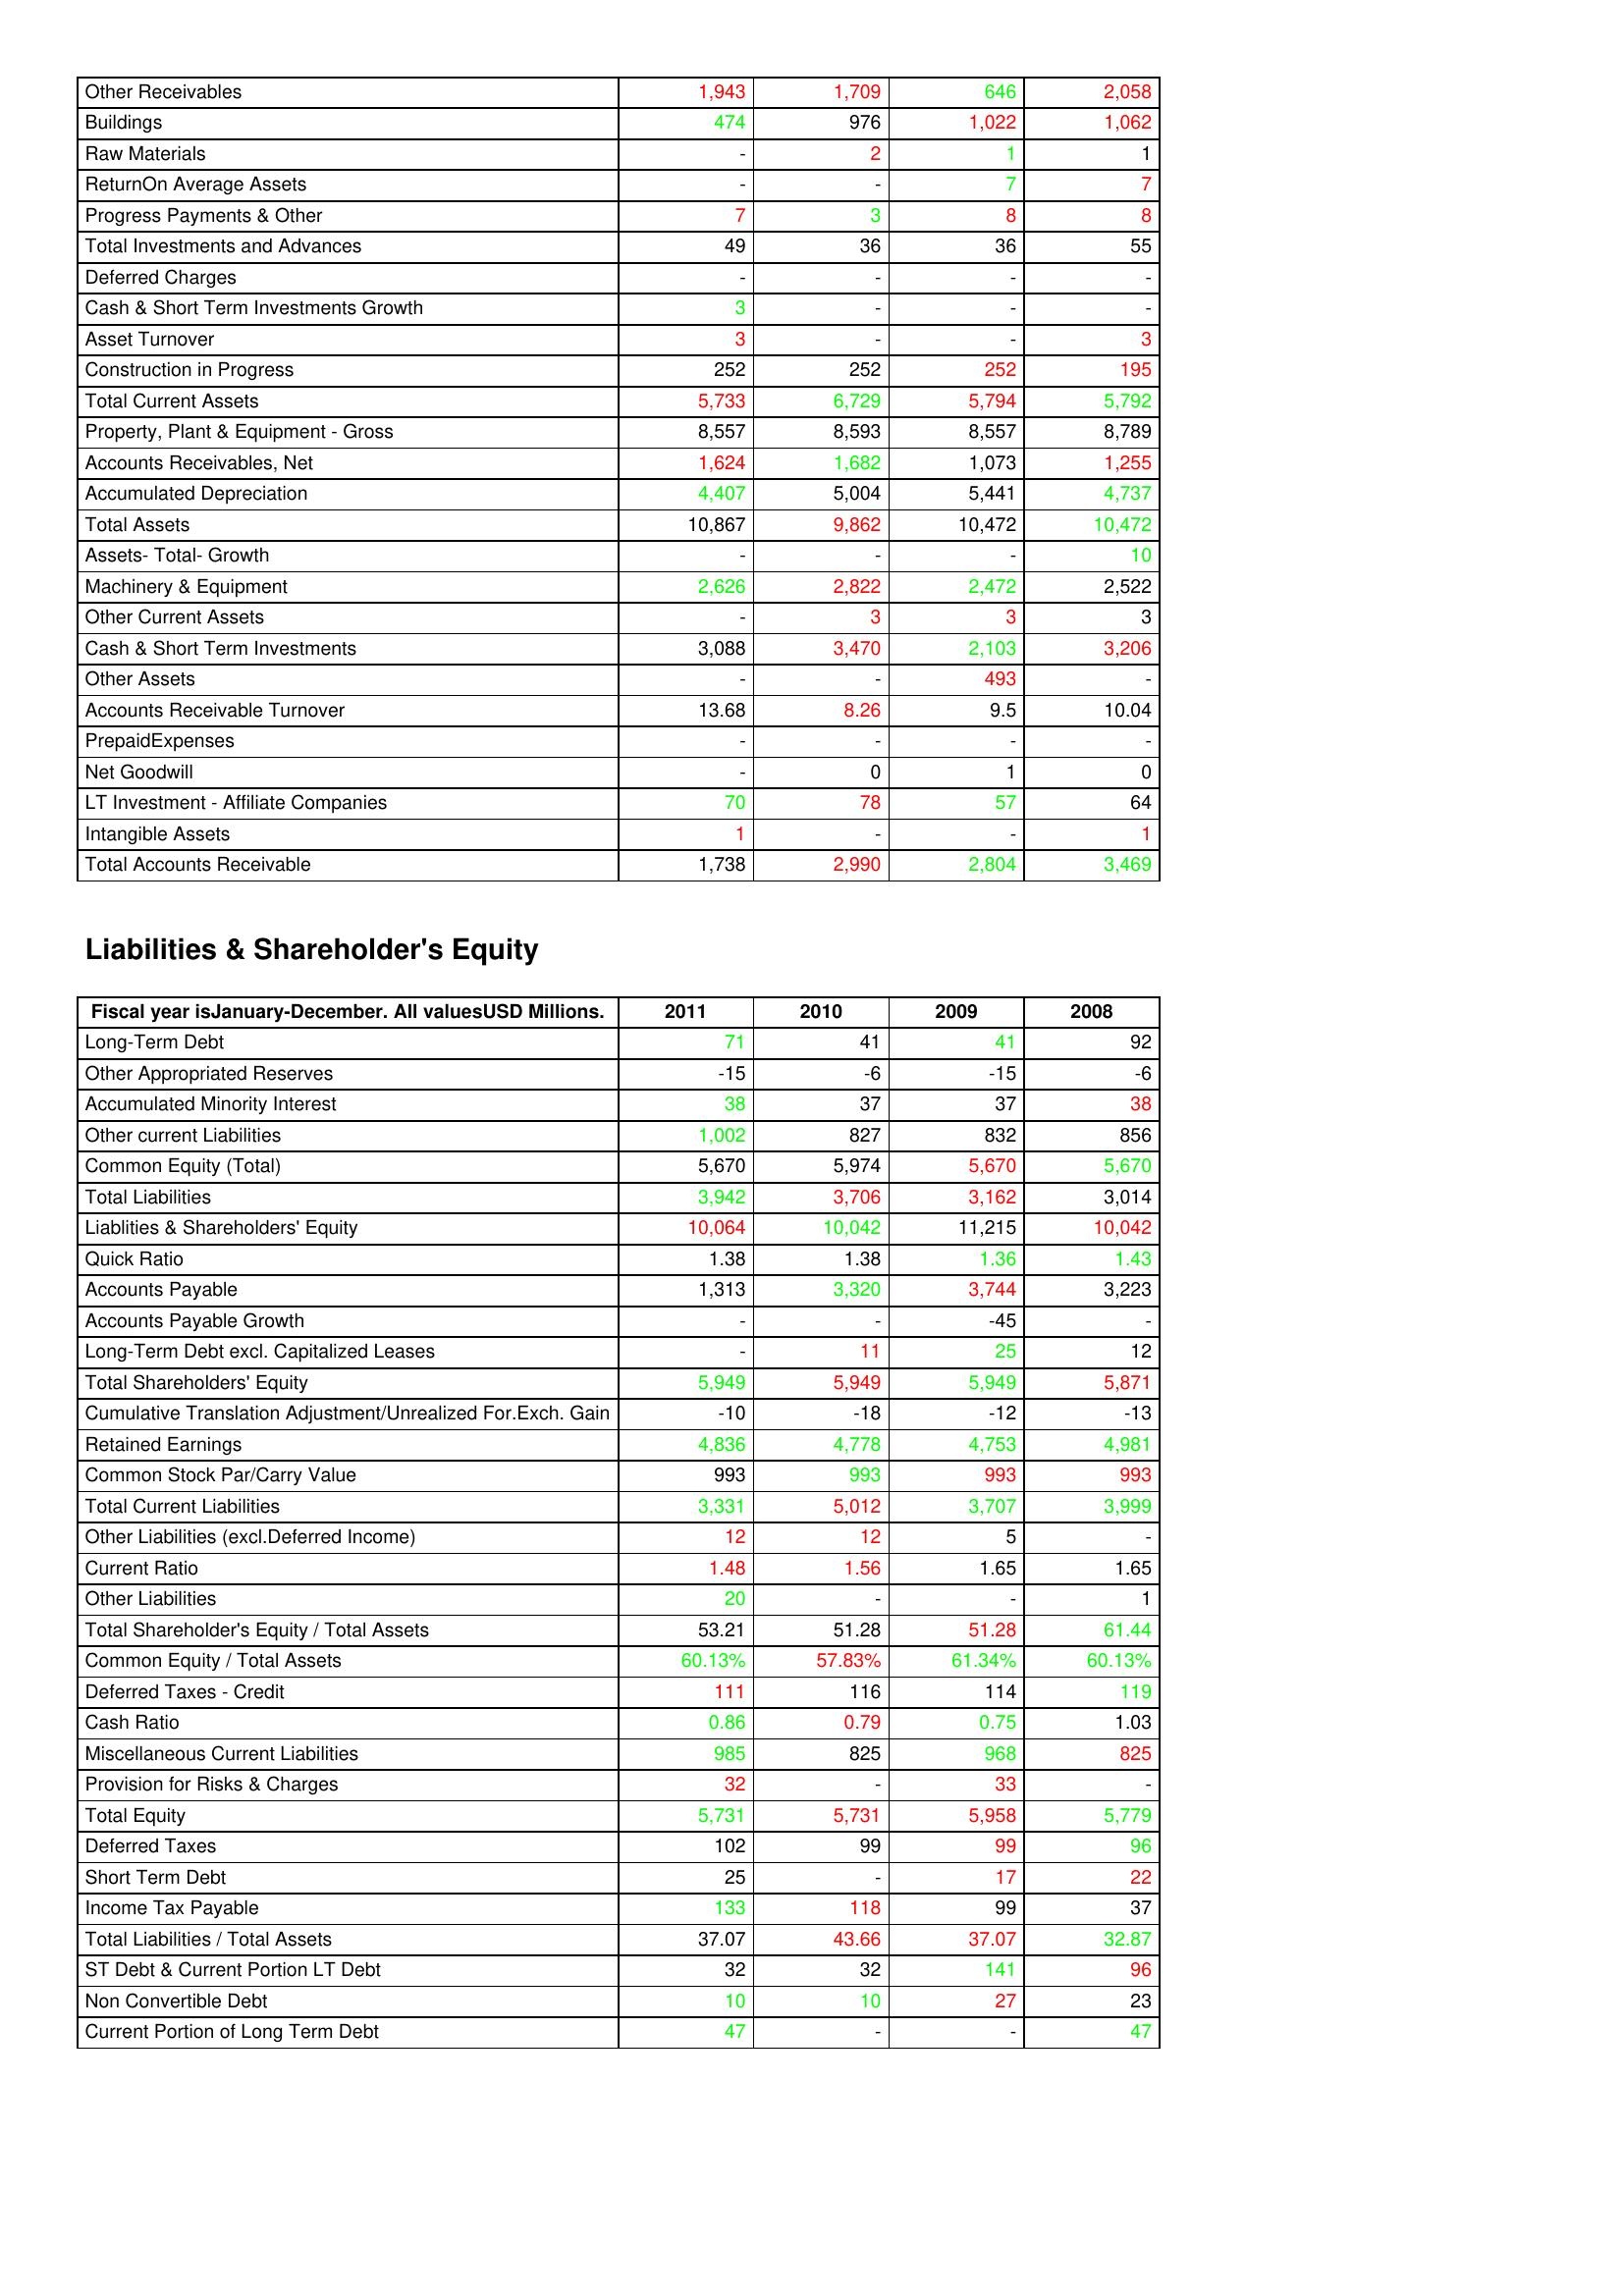
gt_parse: 2011: Assets: Other Receivables: 1,943
Buildings: 474
Raw Materials: -
ReturnOn Average Assets: -
Progress Payments & Other: 7
Total Investments and Advances: 49
Deferred Charges: -
Cash & Short Term Investments Growth: 3
Asset Turnover: 3
Construction in Progress: 252
Total Current Assets: 5,733
Property, Plant & Equipment - Gross : 8,557
Accounts Receivables, Net: 1,624
Accumulated Depreciation: 4,407
Total Assets: 10,867
Assets- Total- Growth: -
Machinery & Equipment: 2,626
Other Current Assets: -
Cash & Short Term Investments: 3,088
Other Assets: -
Accounts Receivable Turnover: 13.68
PrepaidExpenses: -
Net Goodwill: -
LT Investment - Affiliate Companies: 70
Intangible Assets: 1
Total Accounts Receivable: 1,738
Liabilities & Shareholder's Equity: Long-Term Debt: 71
Other Appropriated Reserves: -15
Accumulated Minority Interest: 38
Other current Liabilities: 1,002
Common Equity (Total): 5,670
Total Liabilities: 3,942
Liablities & Shareholders' Equity: 10,064
Quick Ratio: 1.38
Accounts Payable: 1,313
Accounts Payable Growth: -
Long-Term Debt excl. Capitalized Leases: -
Total Shareholders' Equity: 5,949
Cumulative Translation Adjustment/Unrealized For.Exch. Gain: -10
Retained Earnings: 4,836
Common Stock Par/Carry Value: 993
Total Current Liabilities: 3,331
Other Liabilities (excl.Deferred Income): 12
Current Ratio: 1.48
Other Liabilities: 20
Total Shareholder's Equity / Total Assets: 53.21
Common Equity / Total Assets: 60.13%
Deferred Taxes - Credit: 111
Cash Ratio: 0.86
Miscellaneous Current Liabilities: 985
Provision for Risks & Charges: 32
Total Equity: 5,731
Deferred Taxes: 102
Short Term Debt: 25
Income Tax Payable: 133
Total Liabilities / Total Assets: 37.07
ST Debt & Current Portion LT Debt: 32
Non Convertible Debt: 10
Current Portion of Long Term Debt: 47
2010: Assets: Other Receivables: 1,709
Buildings: 976
Raw Materials: 2
ReturnOn Average Assets: -
Progress Payments & Other: 3
Total Investments and Advances: 36
Deferred Charges: -
Cash & Short Term Investments Growth: -
Asset Turnover: -
Construction in Progress: 252
Total Current Assets: 6,729
Property, Plant & Equipment - Gross : 8,593
Accounts Receivables, Net: 1,682
Accumulated Depreciation: 5,004
Total Assets: 9,862
Assets- Total- Growth: -
Machinery & Equipment: 2,822
Other Current Assets: 3
Cash & Short Term Investments: 3,470
Other Assets: -
Accounts Receivable Turnover: 8.26
PrepaidExpenses: -
Net Goodwill: 0
LT Investment - Affiliate Companies: 78
Intangible Assets: -
Total Accounts Receivable: 2,990
Liabilities & Shareholder's Equity: Long-Term Debt: 41
Other Appropriated Reserves: -6
Accumulated Minority Interest: 37
Other current Liabilities: 827
Common Equity (Total): 5,974
Total Liabilities: 3,706
Liablities & Shareholders' Equity: 10,042
Quick Ratio: 1.38
Accounts Payable: 3,320
Accounts Payable Growth: -
Long-Term Debt excl. Capitalized Leases: 11
Total Shareholders' Equity: 5,949
Cumulative Translation Adjustment/Unrealized For.Exch. Gain: -18
Retained Earnings: 4,778
Common Stock Par/Carry Value: 993
Total Current Liabilities: 5,012
Other Liabilities (excl.Deferred Income): 12
Current Ratio: 1.56
Other Liabilities: -
Total Shareholder's Equity / Total Assets: 51.28
Common Equity / Total Assets: 57.83%
Deferred Taxes - Credit: 116
Cash Ratio: 0.79
Miscellaneous Current Liabilities: 825
Provision for Risks & Charges: -
Total Equity: 5,731
Deferred Taxes: 99
Short Term Debt: -
Income Tax Payable: 118
Total Liabilities / Total Assets: 43.66
ST Debt & Current Portion LT Debt: 32
Non Convertible Debt: 10
Current Portion of Long Term Debt: -
2009: Assets: Other Receivables: 646
Buildings: 1,022
Raw Materials: 1
ReturnOn Average Assets: 7
Progress Payments & Other: 8
Total Investments and Advances: 36
Deferred Charges: -
Cash & Short Term Investments Growth: -
Asset Turnover: -
Construction in Progress: 252
Total Current Assets: 5,794
Property, Plant & Equipment - Gross : 8,557
Accounts Receivables, Net: 1,073
Accumulated Depreciation: 5,441
Total Assets: 10,472
Assets- Total- Growth: -
Machinery & Equipment: 2,472
Other Current Assets: 3
Cash & Short Term Investments: 2,103
Other Assets: 493
Accounts Receivable Turnover: 9.5
PrepaidExpenses: -
Net Goodwill: 1
LT Investment - Affiliate Companies: 57
Intangible Assets: -
Total Accounts Receivable: 2,804
Liabilities & Shareholder's Equity: Long-Term Debt: 41
Other Appropriated Reserves: -15
Accumulated Minority Interest: 37
Other current Liabilities: 832
Common Equity (Total): 5,670
Total Liabilities: 3,162
Liablities & Shareholders' Equity: 11,215
Quick Ratio: 1.36
Accounts Payable: 3,744
Accounts Payable Growth: -45
Long-Term Debt excl. Capitalized Leases: 25
Total Shareholders' Equity: 5,949
Cumulative Translation Adjustment/Unrealized For.Exch. Gain: -12
Retained Earnings: 4,753
Common Stock Par/Carry Value: 993
Total Current Liabilities: 3,707
Other Liabilities (excl.Deferred Income): 5
Current Ratio: 1.65
Other Liabilities: -
Total Shareholder's Equity / Total Assets: 51.28
Common Equity / Total Assets: 61.34%
Deferred Taxes - Credit: 114
Cash Ratio: 0.75
Miscellaneous Current Liabilities: 968
Provision for Risks & Charges: 33
Total Equity: 5,958
Deferred Taxes: 99
Short Term Debt: 17
Income Tax Payable: 99
Total Liabilities / Total Assets: 37.07
ST Debt & Current Portion LT Debt: 141
Non Convertible Debt: 27
Current Portion of Long Term Debt: -
2008: Assets: Other Receivables: 2,058
Buildings: 1,062
Raw Materials: 1
ReturnOn Average Assets: 7
Progress Payments & Other: 8
Total Investments and Advances: 55
Deferred Charges: -
Cash & Short Term Investments Growth: -
Asset Turnover: 3
Construction in Progress: 195
Total Current Assets: 5,792
Property, Plant & Equipment - Gross : 8,789
Accounts Receivables, Net: 1,255
Accumulated Depreciation: 4,737
Total Assets: 10,472
Assets- Total- Growth: 10
Machinery & Equipment: 2,522
Other Current Assets: 3
Cash & Short Term Investments: 3,206
Other Assets: -
Accounts Receivable Turnover: 10.04
PrepaidExpenses: -
Net Goodwill: 0
LT Investment - Affiliate Companies: 64
Intangible Assets: 1
Total Accounts Receivable: 3,469
Liabilities & Shareholder's Equity: Long-Term Debt: 92
Other Appropriated Reserves: -6
Accumulated Minority Interest: 38
Other current Liabilities: 856
Common Equity (Total): 5,670
Total Liabilities: 3,014
Liablities & Shareholders' Equity: 10,042
Quick Ratio: 1.43
Accounts Payable: 3,223
Accounts Payable Growth: -
Long-Term Debt excl. Capitalized Leases: 12
Total Shareholders' Equity: 5,871
Cumulative Translation Adjustment/Unrealized For.Exch. Gain: -13
Retained Earnings: 4,981
Common Stock Par/Carry Value: 993
Total Current Liabilities: 3,999
Other Liabilities (excl.Deferred Income): -
Current Ratio: 1.65
Other Liabilities: 1
Total Shareholder's Equity / Total Assets: 61.44
Common Equity / Total Assets: 60.13%
Deferred Taxes - Credit: 119
Cash Ratio: 1.03
Miscellaneous Current Liabilities: 825
Provision for Risks & Charges: -
Total Equity: 5,779
Deferred Taxes: 96
Short Term Debt: 22
Income Tax Payable: 37
Total Liabilities / Total Assets: 32.87
ST Debt & Current Portion LT Debt: 96
Non Convertible Debt: 23
Current Portion of Long Term Debt: 47